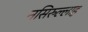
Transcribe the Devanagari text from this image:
नसिरुल्लाह